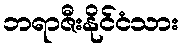
ဘရာဇီးနိုင်ငံသား